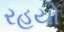
રહયો